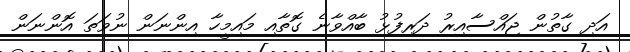
އަދި ގާތުން ޖައްސާއިރު ދަރިފުޅު ބާއްވާނެ ގޮތާއި މައިމީހާ އިންނަން ނުވަތަ އޮންނަން